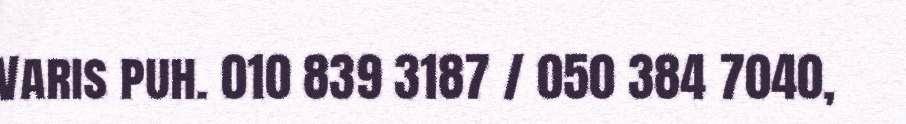
Varis puh. 010 839 3187 / 050 384 7040,